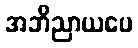
အဘိညာယပေ